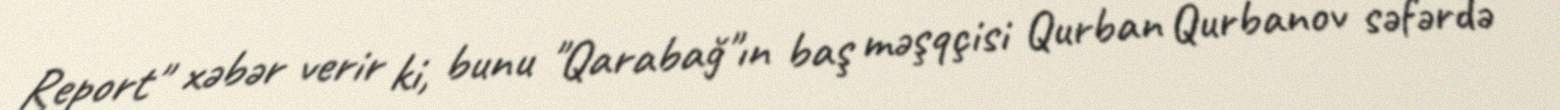
Report" xəbər verir ki, bunu "Qarabağ"ın baş məşqçisi Qurban Qurbanov səfərdə